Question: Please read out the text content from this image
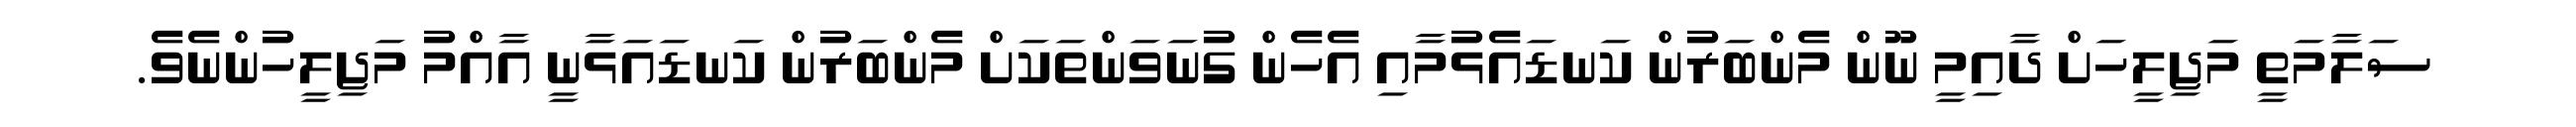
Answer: ސަލާމަތީ މަޖިލީހަށް ދާއިމީ ނޫން މެންބަރުން ކަނޑައެޅުމާއި އެހެން ގުނަވަންތަކަށް މެންބަރުން ކަނޑައަޅާނީ އާއްމު މަޖިލީހުންނެވެ.